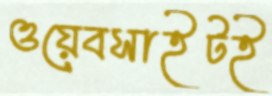
ওয়েবসাইটই